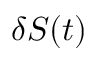
\delta S ( t )